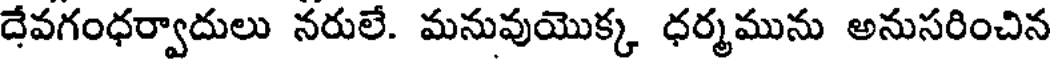
దేవగంధర్వాదులు నరులే. మనువుయొక్క ధర్మమును అనుసరించిన